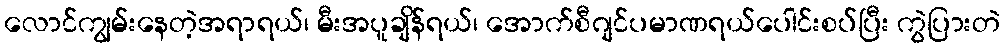
လောင်ကျွမ်းနေတဲ့အရာရယ်၊ မီးအပူချိန်ရယ်၊ အောက်စီဂျင်ပမာဏရယ်ပေါင်းစပ်ပြီး ကွဲပြားတဲ